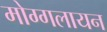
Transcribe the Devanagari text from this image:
मोग्गलायन